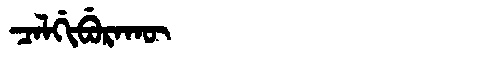
Manchu: ᠴᠠᠯᡤᡳᠪᡠᡵᠠᡴᡡ
Romanization: CALGIBURAKŪ